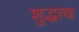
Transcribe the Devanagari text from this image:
शुद्धत्व